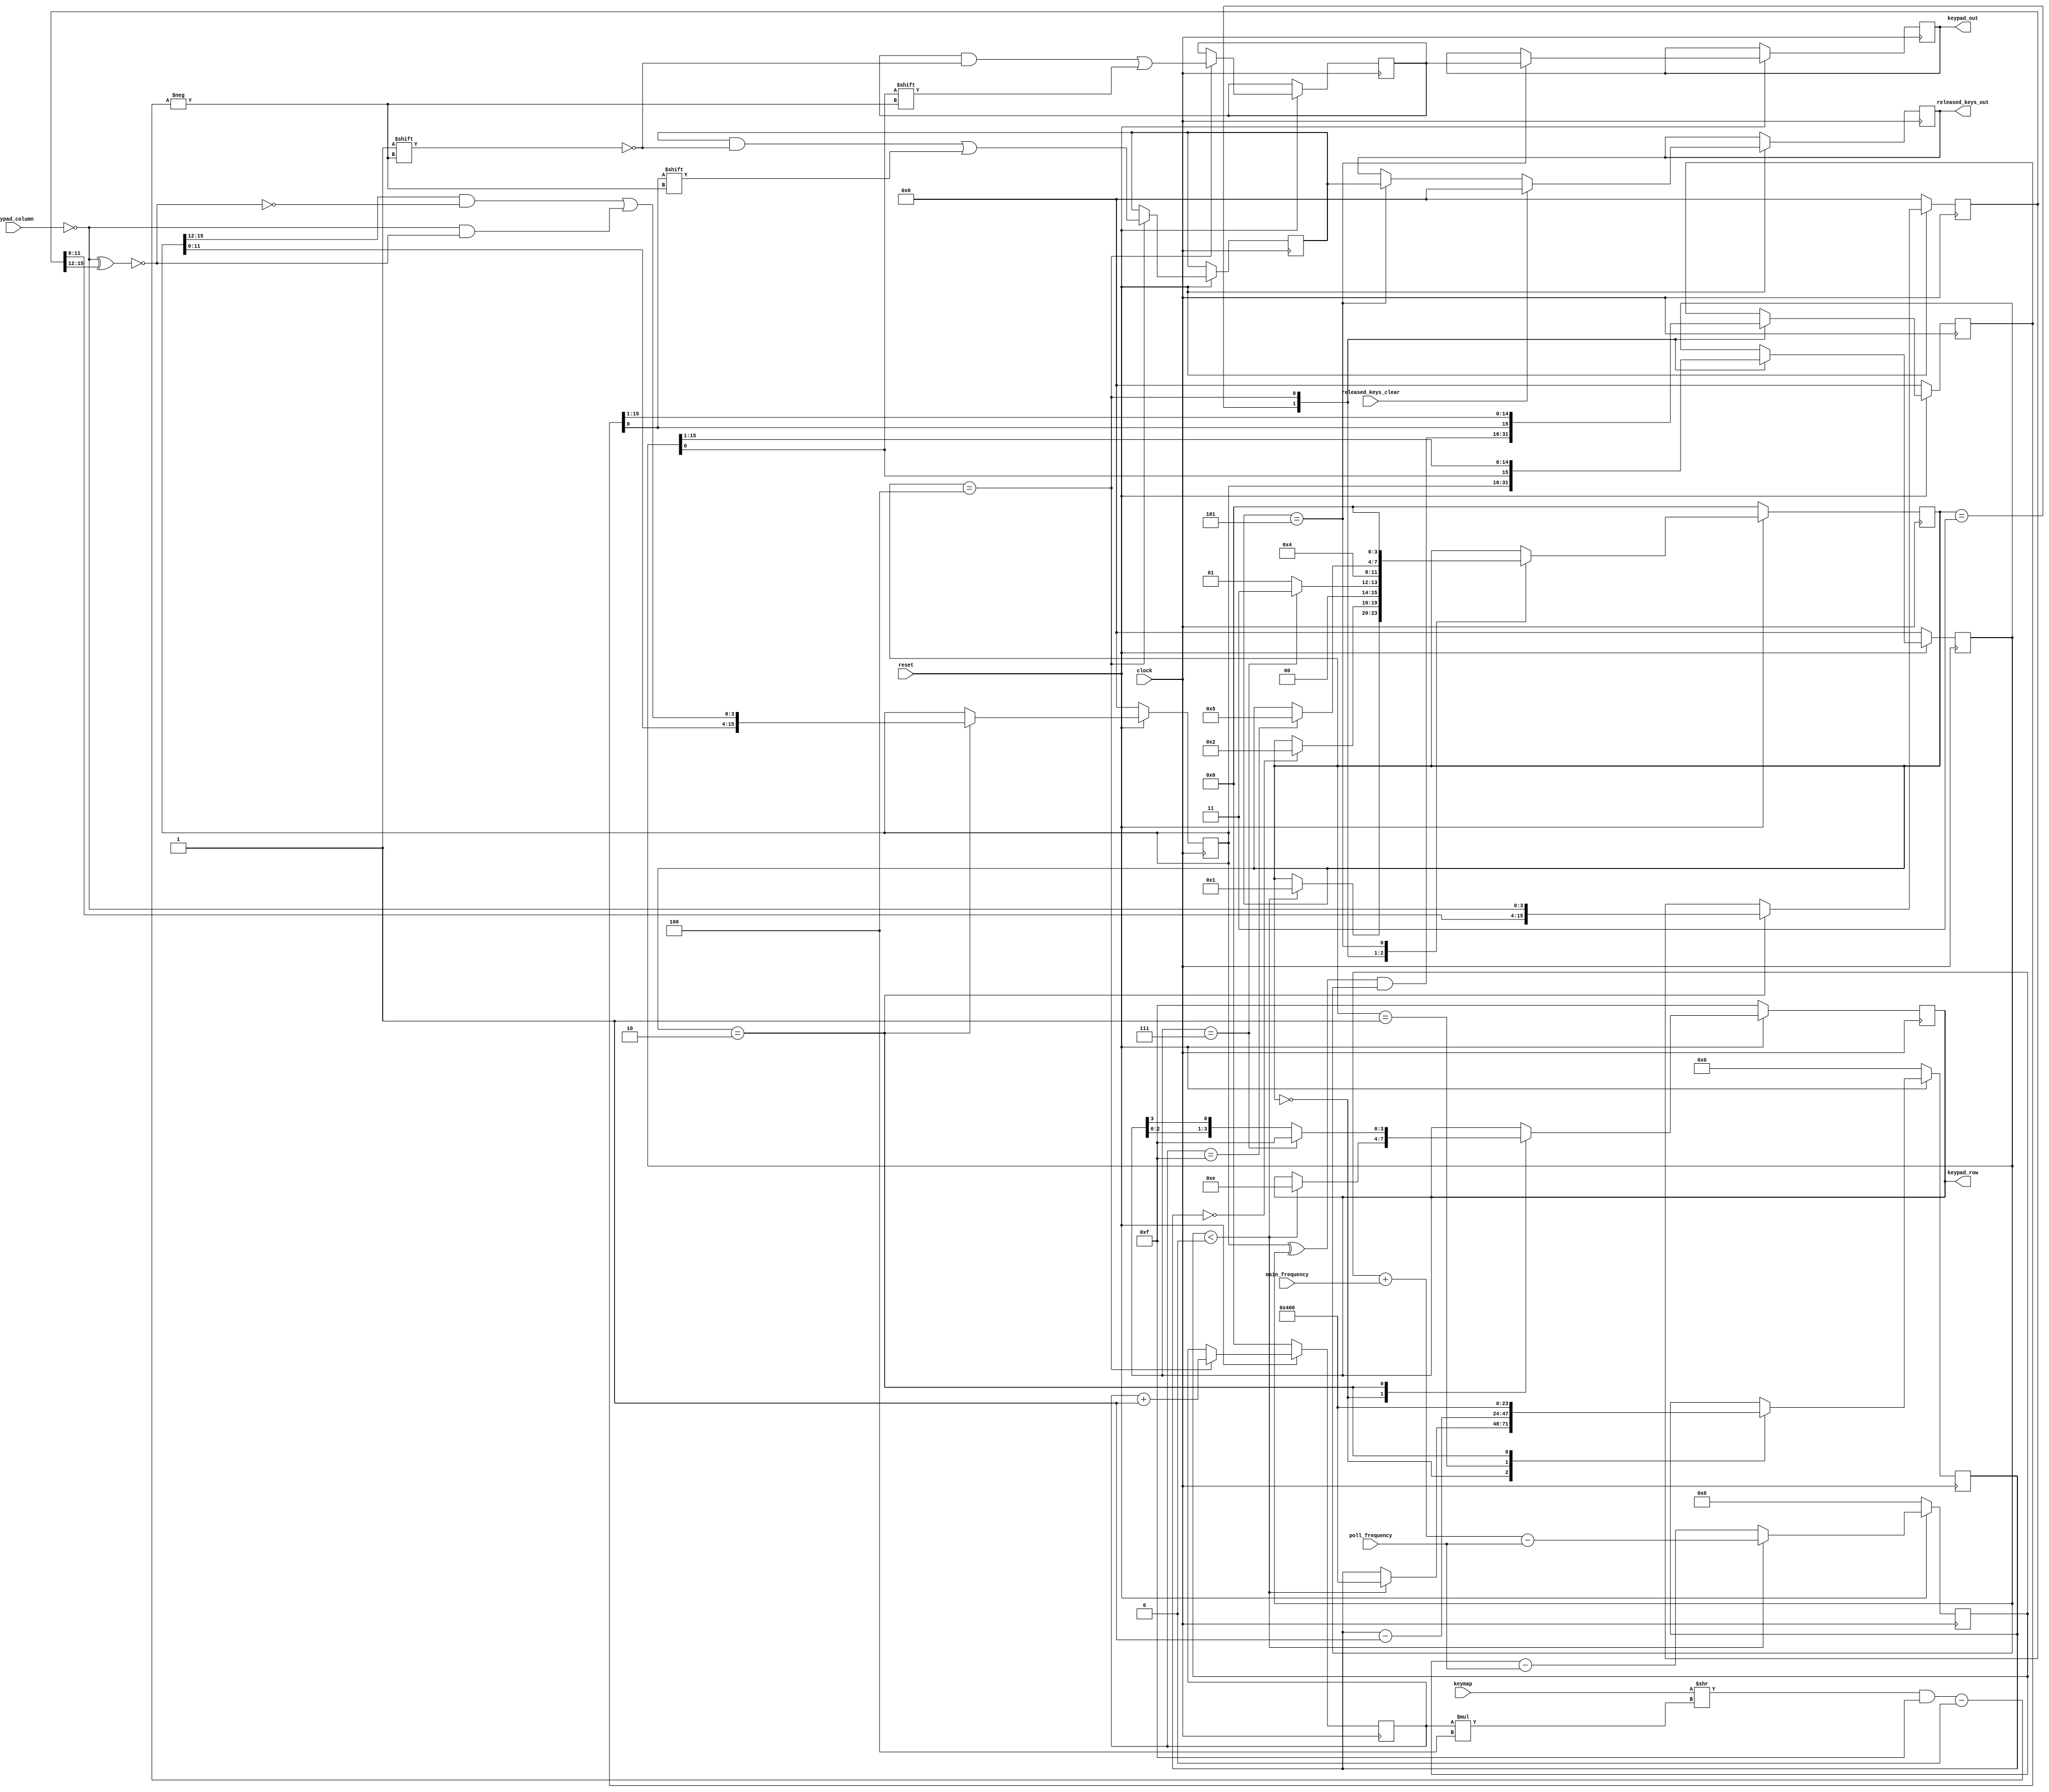
`default_nettype none
`timescale 1ns/1ps
module keypad(
        input wire clock,
        input wire reset,
        input wire [31:0] main_frequency,
        input wire [23:0] poll_frequency,
        input wire released_keys_clear,
        input wire [63:0] keymap,
        input wire [3:0] keypad_column,
        output reg [3:0] keypad_row,
        output reg [15:0] keypad_out,
        output reg [15:0] released_keys_out);
    reg signed [31:0] counter;
    reg [23:0] delay_counter;
    reg [15:0] keypad_previous;
    reg [15:0] keypad;
    reg [15:0] keypad_full;
    reg [15:0] keypad_translated;
    reg [15:0] released_keys;
    reg [15:0] released_keys_translated;
    reg [3:0] index;
    /*
    generate
        genvar i;
        for (i = 0; i < 16; i = i + 1) begin
            assign keypad_out[(keymap >> (i * 4'd4)) & 4'hf] = keypad_full[i];
            assign released_keys_out[(keymap >> (i * 4'd4)) & 4'hf] = released_keys[i];
        end
    endgenerate
    */
    localparam IDLE             = 4'h0;
    localparam WAIT             = 4'h1;
    localparam SCAN             = 4'h2;
    localparam SAVE             = 4'h3;
    localparam TRANSLATE        = 4'h4;
    localparam FINISH           = 4'h5;
    reg [3:0] state;
    always @(posedge clock) begin
        if (!reset) begin
            counter <= 32'b0;
            delay_counter <= 24'b0;
            keypad_previous <= 16'b0;
            keypad <= 16'b0;
            keypad_full <= 16'b0;
            released_keys <= 16'b0;
            index <= 4'b0;
            state <= 4'b0;
            keypad_row <= 4'b1111;
        end else begin
            if (counter < 0) begin
                counter <= counter + main_frequency - poll_frequency;
            end else begin
                counter <= counter - poll_frequency;
            end
            case (state)
                IDLE: begin
                    if (counter < 0) begin
                        keypad_row <= 4'b1110;
                        delay_counter <= 24'h400;
                        state <= WAIT;
                    end
                end
                WAIT: begin
                    delay_counter <= delay_counter - 1'b1;
                    if (delay_counter == 24'b0) begin
                        state <= SCAN;
                    end
                end
                SCAN: begin
                    `define mask (~(~keypad_column ^ keypad_previous[15:12]))
                    keypad_row <= {keypad_row[2:0], keypad_row[3]};
                    keypad_previous <= {keypad_previous[11:0], ~keypad_column};
                    keypad <= {
                            keypad[11:0],
                            keypad[15:12] & ~`mask
                          | ~keypad_column & `mask};
                    delay_counter <= 24'h400;
                    state <= WAIT;
                    if (keypad_row == 4'b0111) begin
                        keypad_row <= 4'b1111;
                        state <= SAVE;
                    end
                    `undef mask
                end
                SAVE: begin
                    released_keys <= (keypad ^ keypad_full) & keypad_full;
                    keypad_full <= keypad;
                    state <= TRANSLATE;
                end
                TRANSLATE: begin
                    keypad_translated[(keymap >> (index * 8'h4)) & 4'hf] 
                          <= keypad_full[0];
                    keypad_full <= {keypad_full[0], keypad_full[15:1]};
                    released_keys_translated[(keymap >> (index * 8'h4)) & 4'hf] 
                          <= released_keys[0];
                    released_keys <= {released_keys[0], released_keys[15:1]};
                    index <= index + 1'b1;
                    if (index == 4'hf) begin
                        state <= FINISH;
                    end
                end
                FINISH: begin
                    released_keys_out <= released_keys_translated;
                    keypad_out <= keypad_translated;
                    state <= IDLE;
                end
            endcase
            if (released_keys_clear) begin
                released_keys_out <= 16'b0;
            end
        end
    end
endmodule